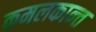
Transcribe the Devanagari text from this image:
कमलकान्‍त